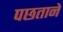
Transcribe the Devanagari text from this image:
पछताने